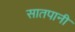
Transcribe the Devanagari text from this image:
सातपानी